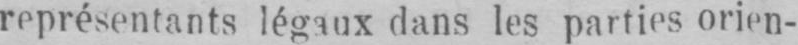
représentants légaux dans les parties orien-